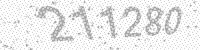
Solution: 211280